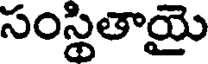
సంస్థితాయై